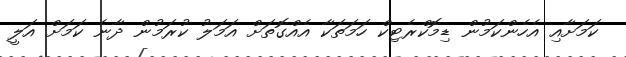
ކަމަށާއި އެހެންކަމުން ޑިމޮކްރެޓިކް ހަމަތަކާ އެއްގޮތަށް އަމަލު ކުރަމުން ދާނެ ކަމަށް އަލީ